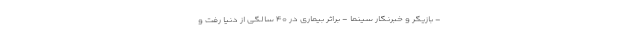
- بازیگر و خبرنگار سینما - براثر بیماری در ۴۰ سالگی از دنیا رفت و